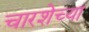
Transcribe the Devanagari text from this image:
चारशेच्या